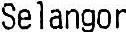
SELANGOR